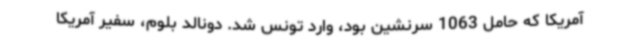
آمریکا که حامل 1063 سرنشین بود، وارد تونس شد. دونالد بلوم، سفیر آمریکا